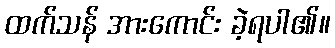
ထက်သန် အားကောင်း ခဲ့ရပါ၏။